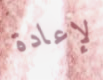
لإعادة